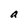
Character: a